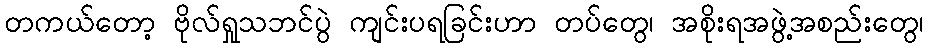
တကယ်တော့ ဗိုလ်ရှုသဘင်ပွဲ ကျင်းပရခြင်းဟာ တပ်တွေ၊ အစိုးရအဖွဲ့အစည်းတွေ၊